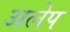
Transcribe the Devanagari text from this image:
अलेप